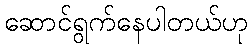
ဆောင်ရွက်နေပါတယ်ဟု